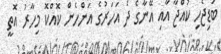
ބަޑިޖެހި ކުއްޖާ އާއި އޭނާގެ ދެ އަހަރުގެ އަންހެން ކޮއްކޮ މިހާރު އޮތީ